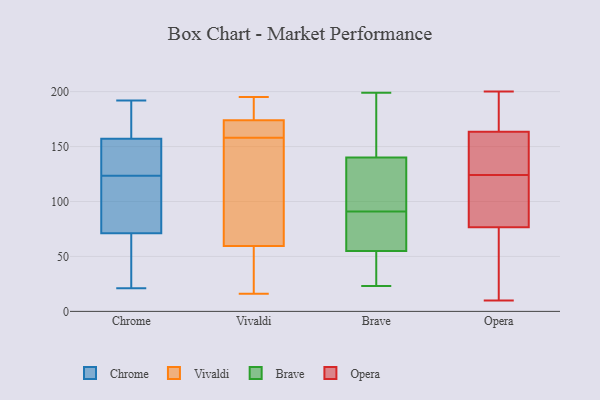
{"axis": {"x": "Headcount", "y": "Value"}, "legend": ["Brave", "Chrome", "Opera", "Vivaldi"], "data": [{"x": "", "y": 148, "type": "Chrome"}, {"x": "", "y": 192, "type": "Chrome"}, {"x": "", "y": 54, "type": "Chrome"}, {"x": "", "y": 133, "type": "Chrome"}, {"x": "", "y": 114, "type": "Chrome"}, {"x": "", "y": 65, "type": "Chrome"}, {"x": "", "y": 77, "type": "Chrome"}, {"x": "", "y": 165, "type": "Chrome"}, {"x": "", "y": 161, "type": "Chrome"}, {"x": "", "y": 153, "type": "Chrome"}, {"x": "", "y": 21, "type": "Chrome"}, {"x": "", "y": 92, "type": "Chrome"}, {"x": "", "y": 172, "type": "Vivaldi"}, {"x": "", "y": 174, "type": "Vivaldi"}, {"x": "", "y": 195, "type": "Vivaldi"}, {"x": "", "y": 44, "type": "Vivaldi"}, {"x": "", "y": 174, "type": "Vivaldi"}, {"x": "", "y": 162, "type": "Vivaldi"}, {"x": "", "y": 129, "type": "Vivaldi"}, {"x": "", "y": 94, "type": "Vivaldi"}, {"x": "", "y": 158, "type": "Vivaldi"}, {"x": "", "y": 180, "type": "Vivaldi"}, {"x": "", "y": 101, "type": "Vivaldi"}, {"x": "", "y": 36, "type": "Vivaldi"}, {"x": "", "y": 48, "type": "Vivaldi"}, {"x": "", "y": 189, "type": "Vivaldi"}, {"x": "", "y": 16, "type": "Vivaldi"}, {"x": "", "y": 89, "type": "Brave"}, {"x": "", "y": 199, "type": "Brave"}, {"x": "", "y": 64, "type": "Brave"}, {"x": "", "y": 181, "type": "Brave"}, {"x": "", "y": 55, "type": "Brave"}, {"x": "", "y": 98, "type": "Brave"}, {"x": "", "y": 23, "type": "Brave"}, {"x": "", "y": 87, "type": "Brave"}, {"x": "", "y": 93, "type": "Brave"}, {"x": "", "y": 87, "type": "Brave"}, {"x": "", "y": 171, "type": "Brave"}, {"x": "", "y": 149, "type": "Brave"}, {"x": "", "y": 23, "type": "Brave"}, {"x": "", "y": 151, "type": "Brave"}, {"x": "", "y": 95, "type": "Brave"}, {"x": "", "y": 24, "type": "Brave"}, {"x": "", "y": 53, "type": "Brave"}, {"x": "", "y": 99, "type": "Brave"}, {"x": "", "y": 131, "type": "Brave"}, {"x": "", "y": 55, "type": "Brave"}, {"x": "", "y": 109, "type": "Opera"}, {"x": "", "y": 31, "type": "Opera"}, {"x": "", "y": 104, "type": "Opera"}, {"x": "", "y": 171, "type": "Opera"}, {"x": "", "y": 125, "type": "Opera"}, {"x": "", "y": 70, "type": "Opera"}, {"x": "", "y": 61, "type": "Opera"}, {"x": "", "y": 31, "type": "Opera"}, {"x": "", "y": 124, "type": "Opera"}, {"x": "", "y": 96, "type": "Opera"}, {"x": "", "y": 162, "type": "Opera"}, {"x": "", "y": 200, "type": "Opera"}, {"x": "", "y": 142, "type": "Opera"}, {"x": "", "y": 171, "type": "Opera"}, {"x": "", "y": 116, "type": "Opera"}, {"x": "", "y": 153, "type": "Opera"}, {"x": "", "y": 10, "type": "Opera"}, {"x": "", "y": 164, "type": "Opera"}, {"x": "", "y": 168, "type": "Opera"}]}